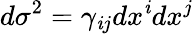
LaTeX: d\sigma^{2}=\gamma_{\mathit{i}j}dx^{\mathit{i}}dx^{j}